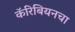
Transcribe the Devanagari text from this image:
कॅरिबियनचा